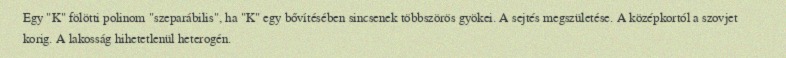
Egy "K" fölötti polinom "szeparábilis", ha "K" egy bővítésében sincsenek többszörös gyökei. A sejtés megszületése. A középkortól a szovjet korig. A lakosság hihetetlenül heterogén.